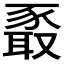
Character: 𰶧